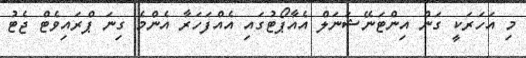
މި އަހަރަކީ ގަން އިންޓަނޭޝަނަލް އެއާޕޯޓުގައި އެއްފަހަރާ އެންމެ ގިނަ ޕްރައިވެޓް ޖެޓު